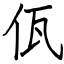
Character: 佤